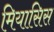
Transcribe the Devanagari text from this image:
मियासिस